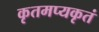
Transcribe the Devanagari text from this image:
कृतमप्यकृतं